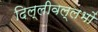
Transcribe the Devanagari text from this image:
दिल्लीवल्लभों